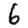
Digit: 6